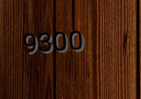
9300